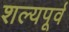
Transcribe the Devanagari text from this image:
शल्यपूर्व